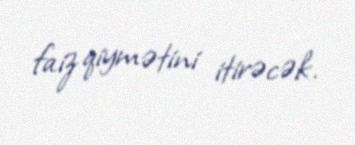
faiz qiymətini itirəcək.